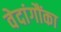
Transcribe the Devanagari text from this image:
वेदांगौंका